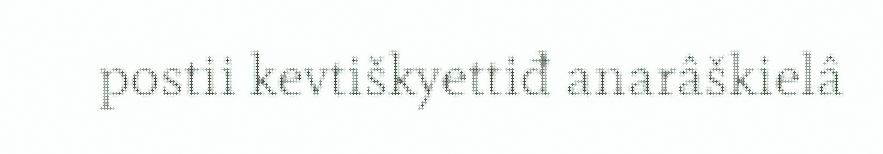
postii kevtiškyettiđ anarâškielâ